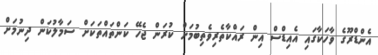
އެންޑްރޫގެ ވާހަކާގައި އެއިޑްސް އިން ރައްކާތެރިވެތިބުމަށް ކުރަން ޖެހޭ ކަންތައްތަކަށް ސަމާލުކަން ދިނުމަށް